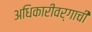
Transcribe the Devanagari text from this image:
अधिकारीवर्गाची